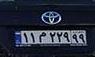
۱۱م۲۲۹۹۹